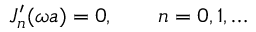
J _ { n } ^ { \prime } ( \omega a ) = 0 , \qquad n = 0 , 1 , \ldots